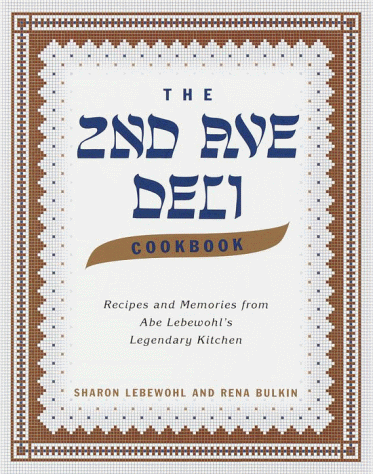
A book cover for The 2nd Ave Deli Cookbook: Recipes and Memories from Abe Lebewohl's Legendary Kitchen; Sharon Lebewohl; Cookbooks, Food & Wine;